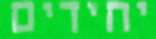
יחידים